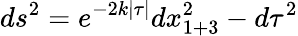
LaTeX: ds^{2}=e^{-2k|\tau|}dx_{1+3}^{2}-d\tau^{2}